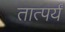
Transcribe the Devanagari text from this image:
तात्पर्यं